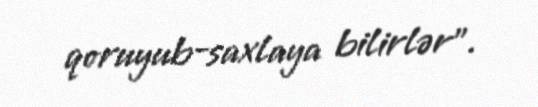
qoruyub-saxlaya bilirlər”.